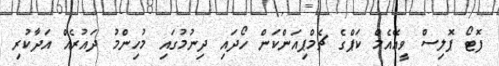
ފޮޓޯ ޕޮލިސް ވީއޭއެމް ކަޕްގެ ޗެމްޕިއަންކަން ހޯދައި ދިނުމުގައި މުހިންމު ދައުރެއް އަދާކުރި